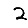
Digit: 2